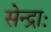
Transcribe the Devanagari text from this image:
सेन्द्राः